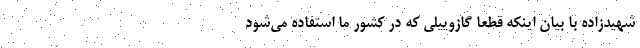
شهیدزاده با بیان اینکه قطعاً گازوییلی که در کشور ما استفاده می‌شود